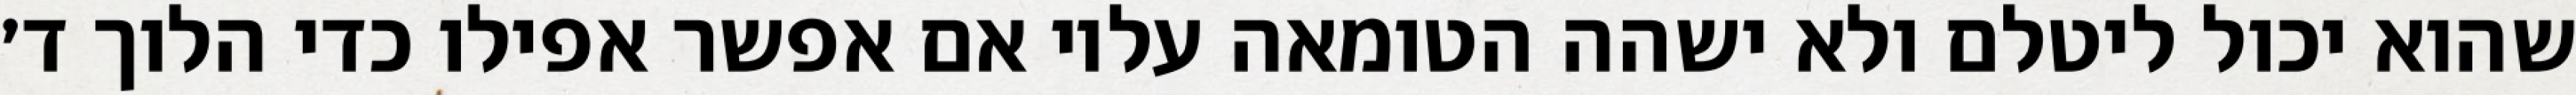
שהוא יכול ליטלם ולא ישהה הטומאה עליו אם אפשר אפילו כדי הלוך ד׳